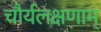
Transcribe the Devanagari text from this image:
चौर्यलक्षणाम्